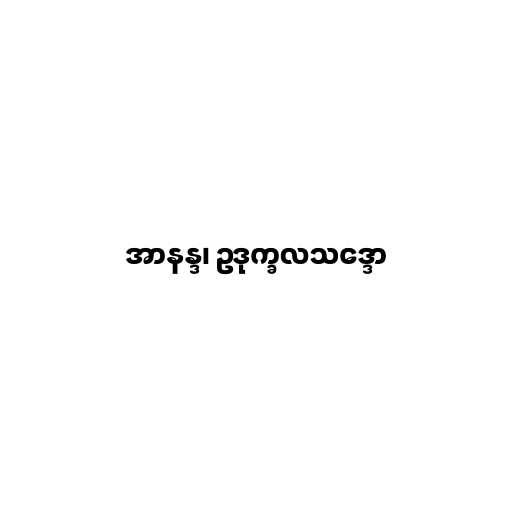
အာနန္ဒ၊ ဥဒုက္ခလသဒ္ဒော